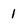
Character: 1